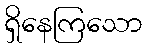
ရှိနေကြသော